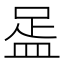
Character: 𥁯